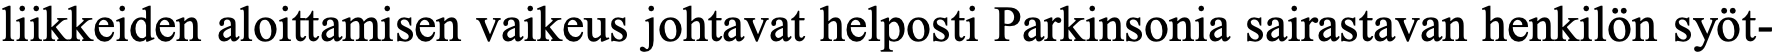
liikkeiden aloittamisen vaikeus johtavat helposti Parkinsonia sairastavan henkilön syöt-